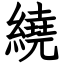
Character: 繞